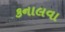
કનાલવા